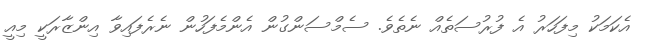
އެކަމަކު މިފަހަރު އެ ފުރުސަތެއް ނެތެވެ. ސެމްސަންގުން އެންމެފަހުން ނެރެފައިވާ އިންޒާރަކީ މިއީ